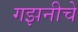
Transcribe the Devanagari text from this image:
गझनीचे